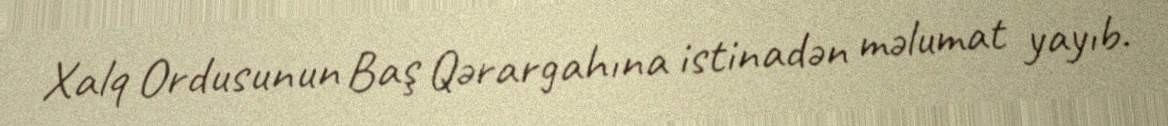
Xalq Ordusunun Baş Qərargahına istinadən məlumat yayıb.